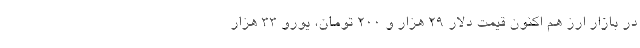
در بازار ارز هم اکنون قیمت دلار 29 هزار و 200 تومان، یورو 33 هزار